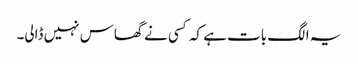
یہ الگ بات ہے کہ کسی نے گھاس نہیں ڈالی۔